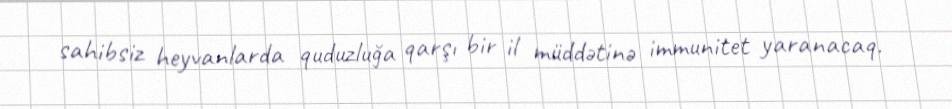
sahibsiz heyvanlarda quduzluğa qarşı bir il müddətinə immunitet yaranacaq.